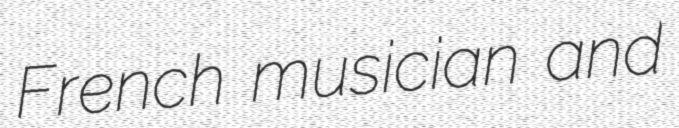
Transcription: French musician and